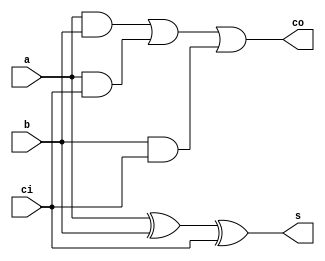
module full_adder(a,b,s,ci,co);
  input a,b,ci;
  output s,co;
  wire S1,T1,T2,T3;
  assign S1=a^b;
  assign s=S1^ci;
  assign T1=a&b;
  assign T2=a&ci;
  assign T3=b&ci;
  assign co=T1|T2|T3;
endmodule